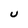
Character: u